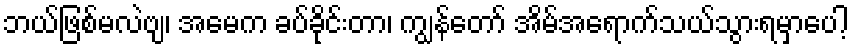
ဘယ်ဖြစ်မလဲဗျ၊ အမေက ခပ်ခိုင်းတာ၊ ကျွန်တော် အိမ်အရောက်သယ်သွားရမှာပေါ့